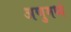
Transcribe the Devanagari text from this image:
अणुमध्ये